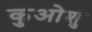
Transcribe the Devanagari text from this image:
कुओशु